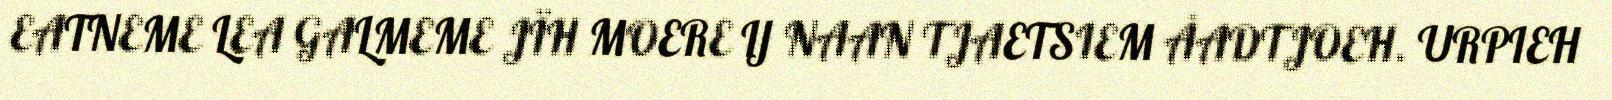
EATNEME LEA GALMEME JÏH MOERE IJ NAAN TJAETSIEM ÅADTJOEH. URPIEH